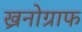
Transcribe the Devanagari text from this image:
ख्रनोग्राफ